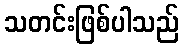
သတင်းဖြစ်ပါသည်